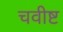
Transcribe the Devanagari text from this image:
चवीष्ट